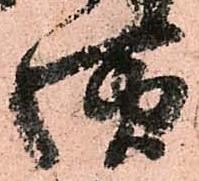
様